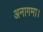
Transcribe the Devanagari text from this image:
अनागमा।